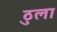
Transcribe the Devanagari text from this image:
ठुला